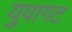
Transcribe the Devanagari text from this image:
युवागट